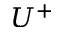
U ^ { + }